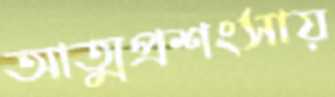
আত্মপ্রশংসায়